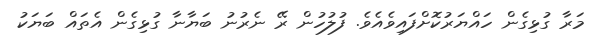
މަރާ ގުޅިގެން ހައްޔަރުކޮށްފައިވެއެވެ. ފުލުހުން ރޭ ނެރުނު ބަޔާނާ ގުޅިގެން އެތައް ބަޔަކު